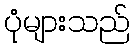
ပုံများသည်